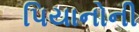
પિયાનોની